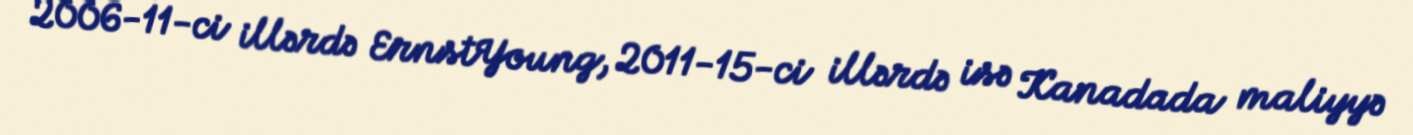
2006-11-ci illərdə ErnstYoung, 2011-15-ci illərdə isə Kanadada maliyyə